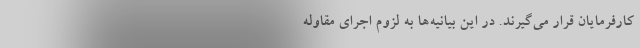
کارفرمایان قرار می‌گیرند. در این بیانیه‌ها به لزوم اجرای مقاوله ‌